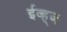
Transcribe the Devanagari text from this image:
ईव्ह्‌ज